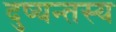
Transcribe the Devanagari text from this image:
दुष्यन्तस्य